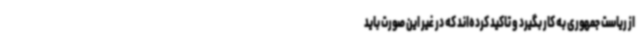
از ریاست جمهوری به کار بگیرد و تاکید کرده‌اند که در غیر این صورت باید